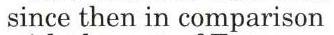
since then in comparison